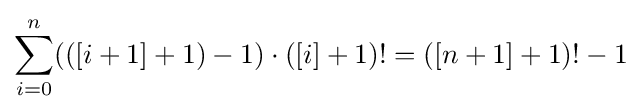
\sum _{i=0}^{n}(([i+1]+1)-1)\cdot ([i]+1)!=([n+1]+1)!-1